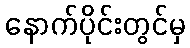
နောက်ပိုင်းတွင်မှ